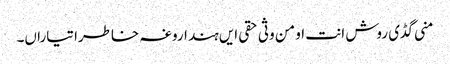
منی گڈی روش انت او من وثی حقی ایں ہند اروغہ خاطرا تیاراں۔